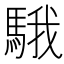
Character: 騀